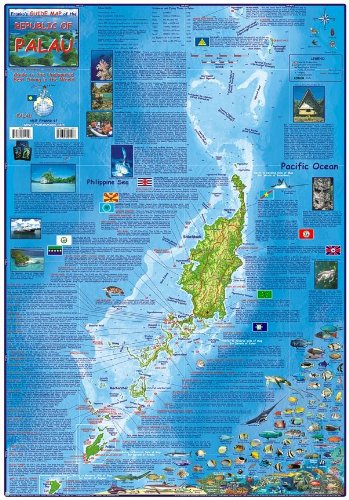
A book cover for Palau Dive & Adventure Guide - Laminated Map; Franko Maps Ltd.; Travel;